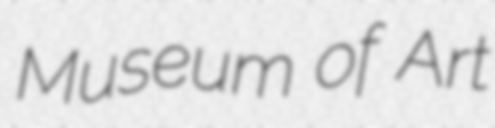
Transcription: Museum of Art